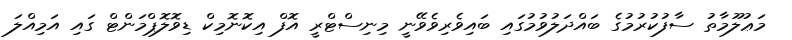
މަޢުލޫމާތު ސާފުކުރުމުގެ ބައްދަލުވުމުގައި ބައިވެރިވެވޭނީ މިނިސްޓްރީ އޮފް އިކޮނޮމިކް ޑިވޮލޮޕްމަންޓް ގައި އަމިއްލަ